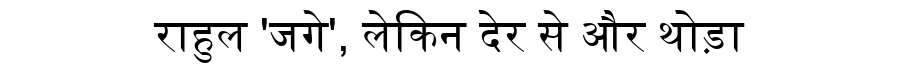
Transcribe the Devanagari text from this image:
राहुल 'जगे', लेकिन देर से और थोड़ा